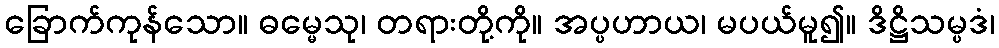
ခြောက်ကုန်သော။ ဓမ္မေသု၊ တရားတို့ကို။ အပ္ပဟာယ၊ မပယ်မူ၍။ ဒိဋ္ဌိသမ္ပဒံ၊